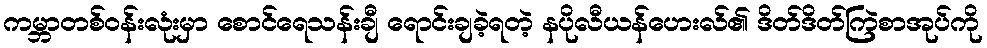
ကမ္ဘာတစ်ဝန်းလုံးမှာ စောင်ရေသန်းချီ ရောင်းချခဲ့ရတဲ့ နပိုလီယန်ဟေးလ်၏ ဒိတ်ဒိတ်ကြဲစာအုပ်ကို